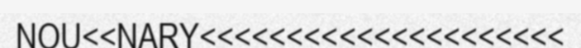
NOU<<NARY<<<<<<<<<<<<<<<<<<<<<